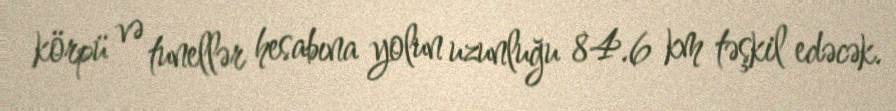
körpü və tunellər hesabına yolun uzunluğu 84.6 km təşkil edəcək.